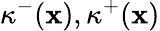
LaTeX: \kappa^{-}(\mathbf{x}),\kappa^{+}(\mathbf{x})